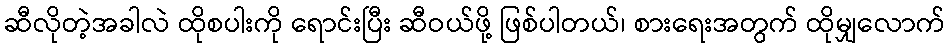
ဆီလိုတဲ့အခါလဲ ထိုစပါးကို ရောင်းပြီး ဆီဝယ်ဖို့ ဖြစ်ပါတယ်၊ စားရေးအတွက် ထိုမျှလောက်